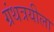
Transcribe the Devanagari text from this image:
ग्रंथत्रयीला